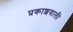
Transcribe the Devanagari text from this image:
प्रकाशवाली